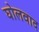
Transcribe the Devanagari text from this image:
घोलवाद